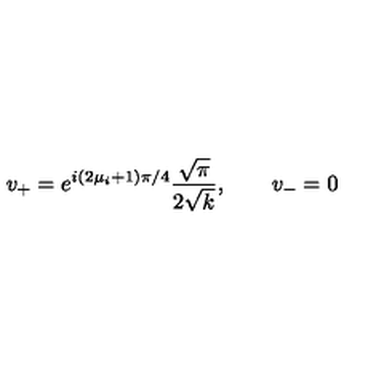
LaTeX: v _ { + } = e ^ { i ( 2 \mu _ { i } + 1 ) \pi / 4 } { \frac { \sqrt { \pi } } { 2 \sqrt { k } } } , \qquad v _ { - } = 0 \,